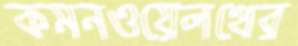
কমনওয়েলথের